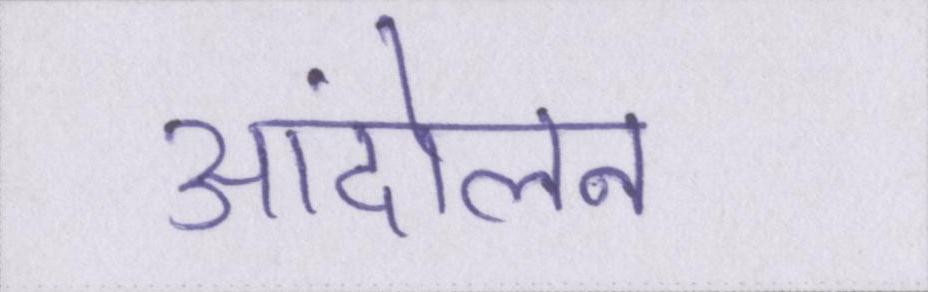
आंदोलन